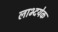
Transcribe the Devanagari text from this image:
लाभ्दयेक